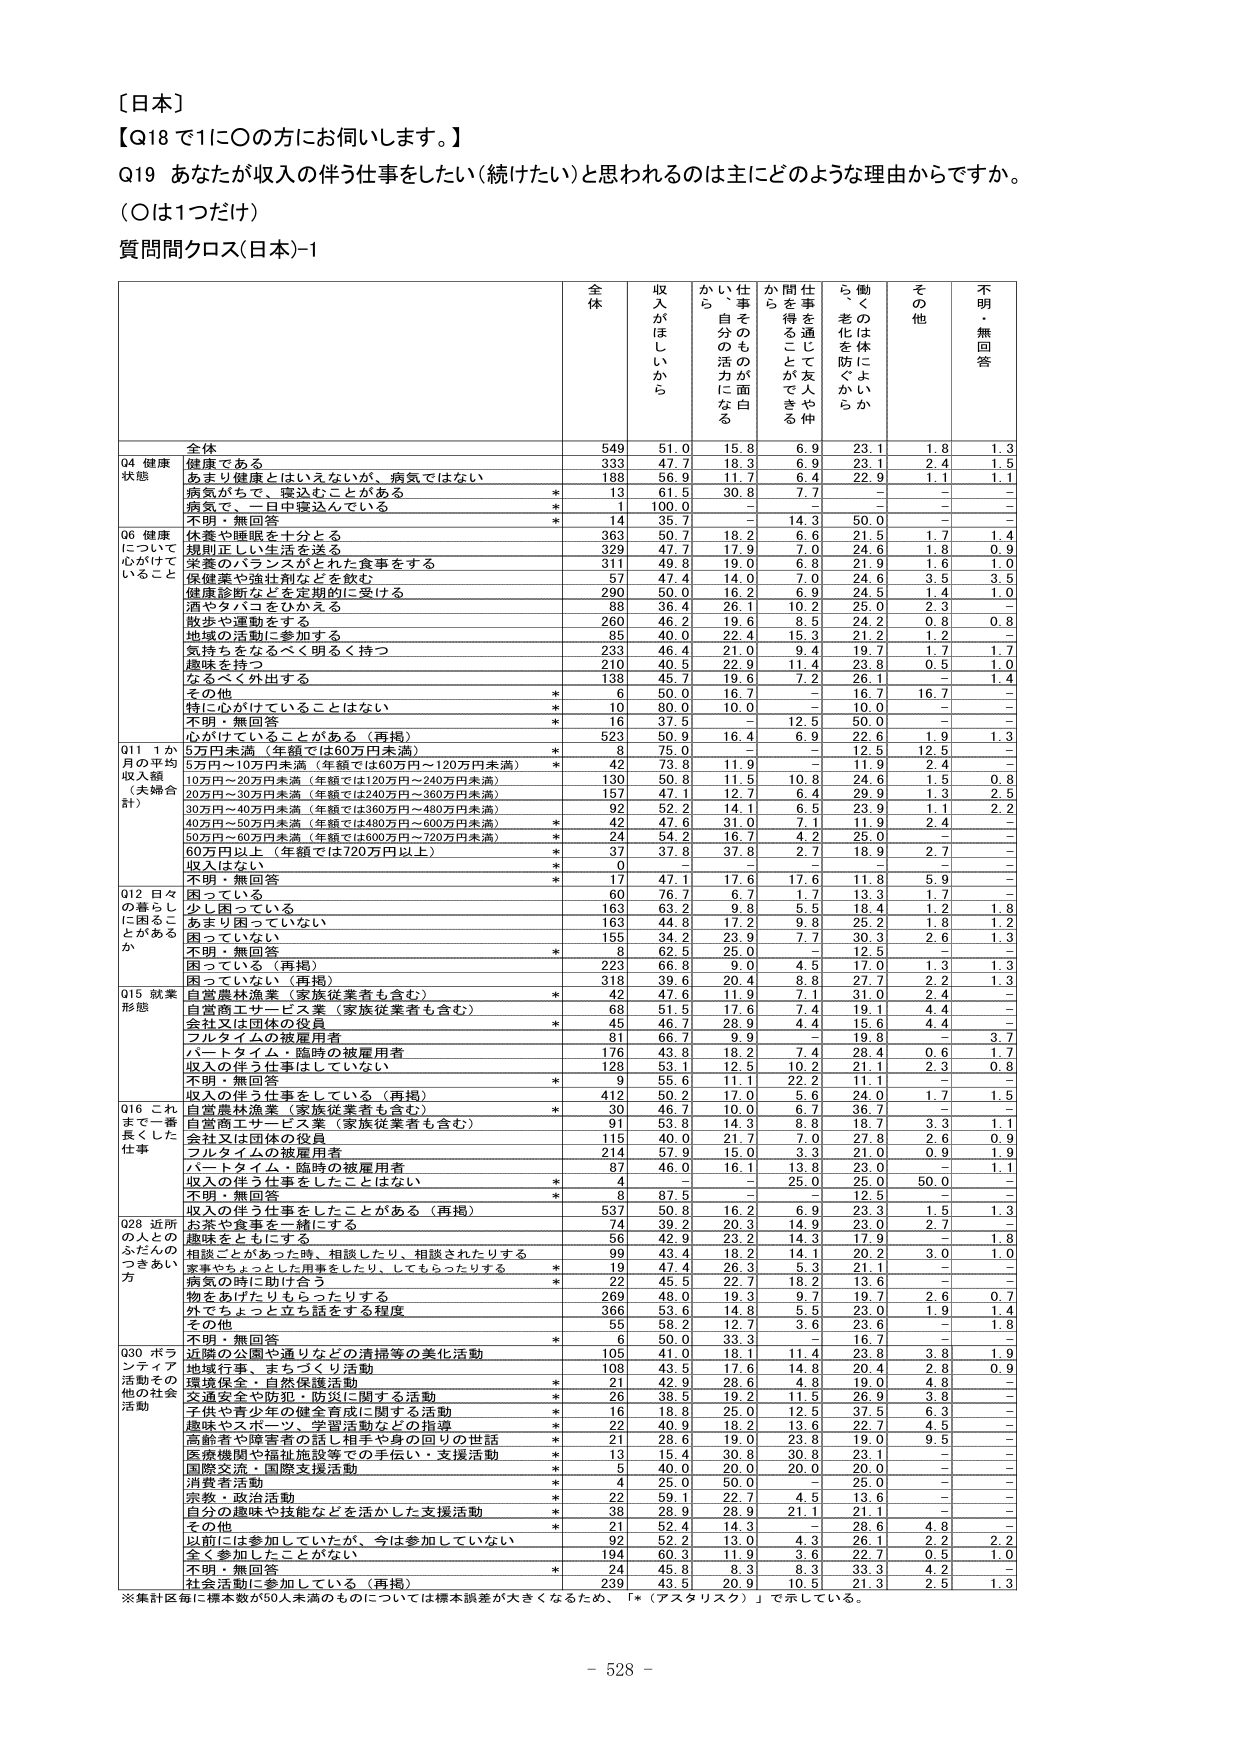
〔日本〕
【Q18で1に〇の方にお伺いします。】
Q19 あなたが収入の伴う仕事をしたい（続けたい）と思われるのは主にどのような理由からですか。
（〇は1つだけ）
質問間クロス(日本)-1

全体 収入がほしいから かいつまんで自分の活力になる 仕事を通じて友人や仲間を得ることができる 働くことを防ぐから その他 不明・無回答

全体 549 51.0 15.8 6.9 23.1 1.8 1.3
Q4 健康状態 健康である 333 47.7 18.3 6.9 23.1 2.4 1.5
あまり健康とはいえないが、病気ではない 188 56.9 11.7 6.4 22.9 1.1 1.1
病気がちで、寝込むことがある * 13 61.5 30.8 7.7 - - -
病気で、一日中寝込んでいる * 1 100.0 - - - - -
不明・無回答 * 14 35.7 - 14.3 50.0 - -
Q6 健康について心がけていること 休養や睡眠を十分とる 363 50.7 18.2 6.6 21.5 1.7 1.4
規則正しい生活を送る 329 47.7 17.9 7.0 24.6 1.8 0.9
栄養のバランスがとれた食事をする 311 49.8 19.0 6.8 21.9 1.6 1.0
保健薬や強壮剤などを飲む 57 47.4 14.0 7.0 24.6 3.5 3.5
健康診断などを定期的に受ける 290 50.0 16.2 6.9 24.5 1.4 1.0
酒やタバコをひかえる 88 36.4 26.1 10.2 25.0 2.3 -
散歩や運動をする 260 46.2 19.6 8.5 24.2 0.8 0.8
地域の活動に参加する 85 40.0 22.4 15.3 21.2 1.2 -
気持ちをなるべく明るく持つ 233 46.4 21.0 9.4 19.7 1.7 1.7
趣味を持つ 210 40.5 22.9 11.4 23.8 0.5 1.0
なるべく外出する 138 45.7 19.6 7.2 26.1 - 1.4
その他 * 6 50.0 16.7 - 16.7 16.7 -
特に心がけていることはない * 10 80.0 10.0 - 10.0 - -
不明・無回答 * 16 37.5 - 12.5 50.0 - -
心がけていることがある（再掲） 523 50.9 16.4 6.9 22.6 1.9 1.3
Q11 1か月の平均収入額（夫婦合計） 5万円未満（年額では60万円未満） * 8 75.0 - - 12.5 12.5 -
5万円～10万円未満（年額では60万円～120万円未満） * 42 73.8 11.9 - 11.9 2.4 -
10万円～20万円未満（年額では120万円～240万円未満） 130 50.8 11.5 10.8 24.6 1.5 0.8
20万円～30万円未満（年額では240万円～360万円未満） 157 47.1 12.7 6.4 29.9 1.3 2.5
30万円～40万円未満（年額では360万円～480万円未満） 92 52.2 14.1 6.5 23.9 1.1 2.2
40万円～50万円未満（年額では480万円～600万円未満） * 42 47.6 31.0 7.1 11.9 2.4 -
50万円～60万円未満（年額では600万円～720万円未満） * 24 54.2 16.7 4.2 25.0 - -
60万円以上（年額では720万円以上） * 37 37.8 37.8 2.7 18.9 2.7 -
収入はない * 0 - - - - - -
不明・無回答 * 17 47.1 17.6 17.6 11.8 5.9 -
Q12 日々の暮らしに困ることがあるか 困っている 60 76.7 6.7 1.7 13.3 1.7 -
少し困っている 163 63.2 9.8 5.5 18.4 1.2 1.8
あまり困っていない 163 44.8 17.2 9.8 25.2 1.8 1.2
困っていない 155 34.2 23.9 7.7 30.3 2.6 1.3
不明・無回答 * 8 62.5 25.0 - 12.5 - -
困っている（再掲） 223 66.8 9.0 4.5 17.0 1.3 1.3
困っていない（再掲） 318 39.6 20.4 8.8 27.7 2.2 1.3
Q15 就業形態 自営農林漁業（家族従業者も含む） * 42 47.6 11.9 7.1 31.0 2.4 -
自営商工サービス業（家族従業者も含む） 68 51.5 17.6 7.4 19.1 4.4 -
会社又は団体の役員 * 45 46.7 28.9 4.4 15.6 4.4 -
フルタイムの被雇用者 81 66.7 9.9 - 19.8 - 3.7
パートタイム・臨時の被雇用者 176 43.8 18.2 7.4 28.4 0.6 1.7
収入の伴う仕事はしていない 128 53.1 12.5 10.2 21.1 2.3 0.8
不明・無回答 * 9 55.6 11.1 22.2 11.1 - -
収入の伴う仕事をしている（再掲） 412 50.2 17.0 5.6 24.0 1.7 1.5
Q16 これまで一番長くした仕事 自営農林漁業（家族従業者も含む） * 30 46.7 10.0 6.7 36.7 - -
自営商工サービス業（家族従業者も含む） 91 53.8 14.3 8.8 18.7 3.3 1.1
会社又は団体の役員 115 40.0 21.7 7.0 27.8 2.6 0.9
フルタイムの被雇用者 214 57.9 15.0 3.3 21.0 0.9 1.9
パートタイム・臨時の被雇用者 87 46.0 16.1 13.8 23.0 - 1.1
収入の伴う仕事をしたことはない * 4 - - 25.0 25.0 50.0 -
不明・無回答 * 33 87.5 - - 12.5 - -
収入の伴う仕事をしたことがある（再掲） 537 50.8 16.2 6.9 23.3 1.5 1.3
Q28 近所の人とのふだんのつきあい方 お茶や食事を一緒にする 74 39.2 20.3 14.9 23.0 2.7 -
趣味をともにする 56 42.9 23.2 14.3 17.9 - 1.8
相談ごとがあった時、相談したり、相談されたりする 99 43.4 18.2 14.1 20.2 3.0 1.0
家事やちょっとした用事をしたり、してもらったりする * 19 47.4 26.3 5.3 21.1 - -
病気の時に助け合う * 22 45.5 22.7 18.2 13.6 - -
物をあげたりもらったりする 269 48.0 19.3 9.7 19.7 2.6 0.7
外でちょっと立ち話をする程度 366 53.6 14.8 5.5 23.0 1.9 1.4
その他 55 58.2 12.7 3.6 23.6 - 1.8
不明・無回答 * 6 50.0 33.3 - 16.7 - -
Q30 ボランティア活動その他の社会活動 近隣の公園や通りなどの清掃等の美化活動 105 41.0 18.1 11.4 23.8 3.8 1.9
地域行事、まちづくり活動 108 43.5 17.6 14.8 20.4 2.8 0.9
環境保全・自然保護活動 * 21 42.9 28.6 4.8 19.0 4.8 -
交通安全や防犯・防災に関する活動 * 26 38.5 19.2 11.5 26.9 3.8 -
子供や青少年の健全育成に関する活動 * 16 18.8 25.0 12.5 37.5 6.3 -
趣味やスポーツ、学習活動などの指導 * 22 40.9 18.2 13.6 22.7 4.5 -
高齢者や障害者の話し相手や身の回りの世話 * 21 28.6 19.0 23.8 19.0 9.5 -
医療機関や福祉施設等での手伝い・支援活動 * 13 15.4 30.8 30.8 23.1 - -
国際交流・国際支援活動 * 5 40.0 20.0 20.0 20.0 - -
消費者活動 * 4 25.0 50.0 - 25.0 - -
宗教・政治活動 * 22 59.1 22.7 4.5 13.6 - -
自分の趣味や技能などを活かした支援活動 * 38 28.9 28.9 21.1 21.1 - -
その他 * 21 52.4 14.3 - 28.6 4.8 -
以前には参加していたが、今は参加していない 92 52.2 13.0 4.3 26.1 2.2 2.2
全く参加したことがない 194 60.3 11.9 3.6 22.7 0.5 1.0
不明・無回答 * 24 45.8 8.3 8.3 33.3 4.2 -
社会活動に参加している（再掲） 239 43.5 20.9 10.5 21.3 2.5 1.3

※集計区毎に標本数が50人未満のものについては標本誤差が大きくなるため、「*（アスタリスク）」で示している。
- 528 -